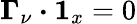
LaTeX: \boldsymbol{\Gamma}_{\nu}\boldsymbol{\cdot}\boldsymbol{1}_{x}=0